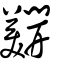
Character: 𨷑